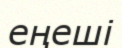
еңеші